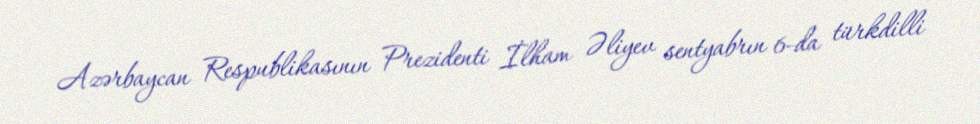
Azərbaycan Respublikasının Prezidenti İlham Əliyev sentyabrın 6-da türkdilli